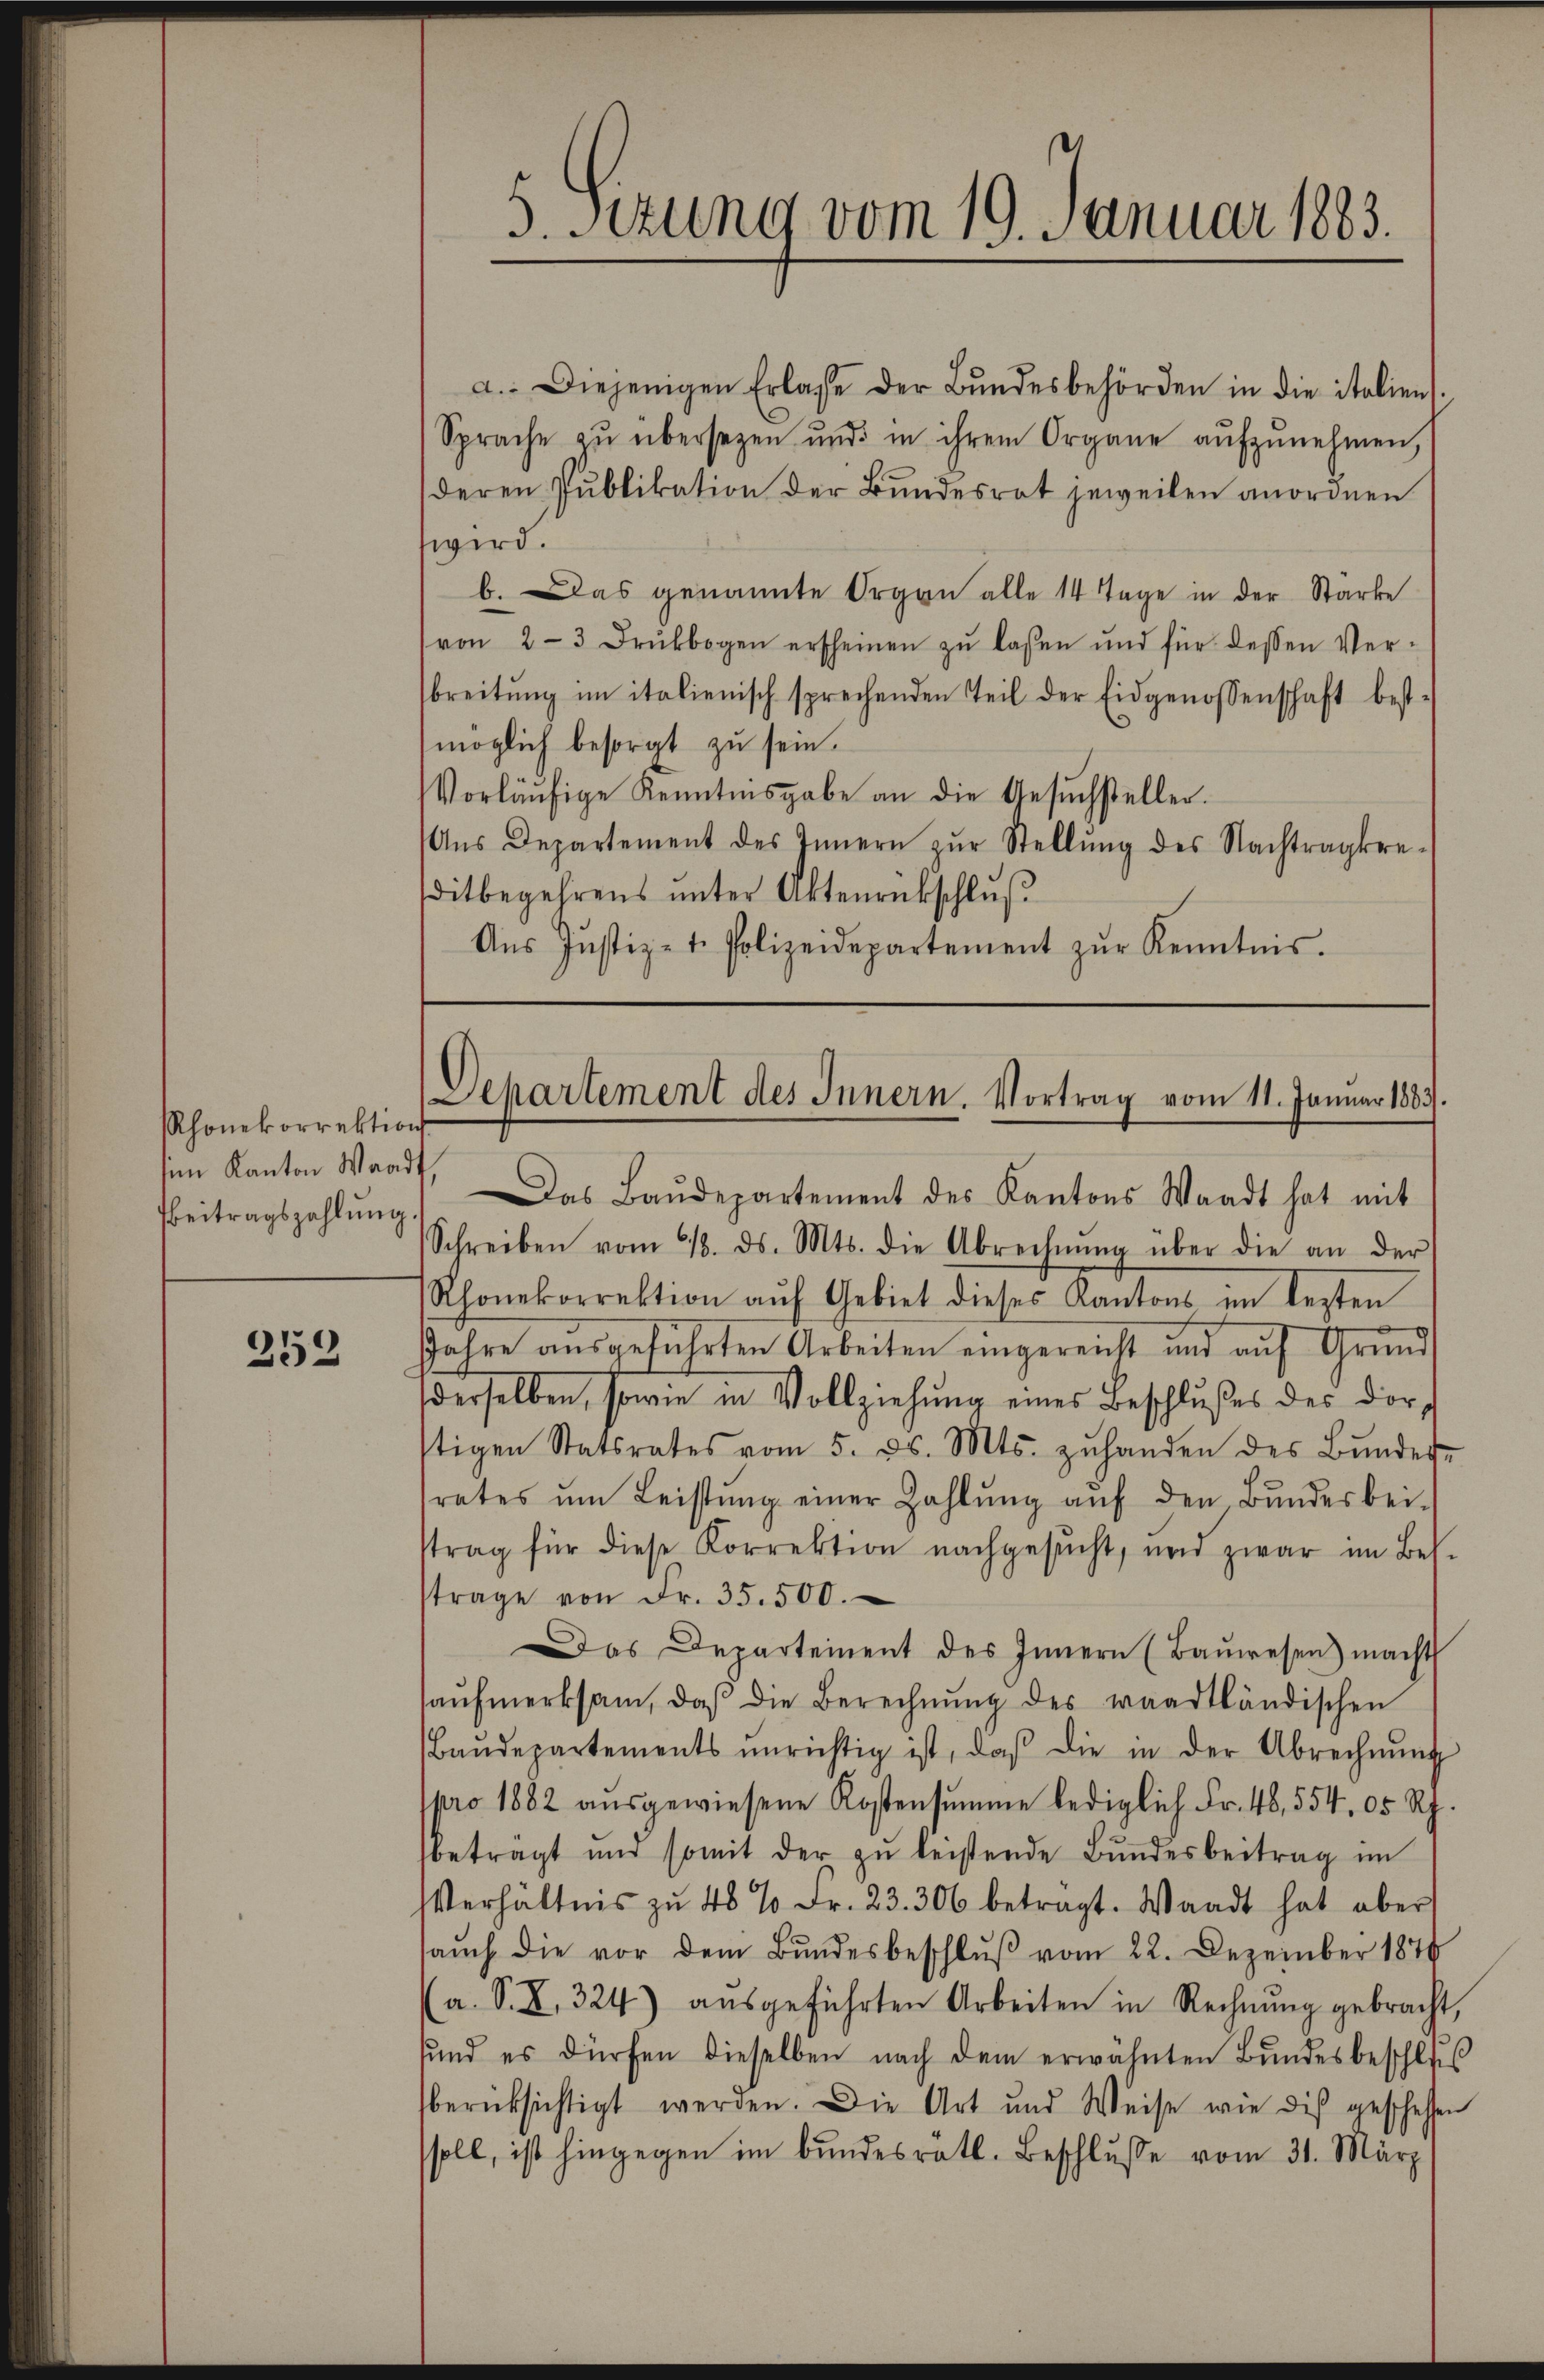
Rhonekorrektion
im Kanton Waadt,

253

a. Diejenigen Erlasse der Bŭndesbehörden in die italiens.
Sprache zŭ übersetzen und in ihrem Organe aŭfzŭnehmen,
deren Publikation der Bundesrat jeweilen anordnen
wird.
b. Das genannte Organ alle 14 Tage in der Starke
(von 2-3 Drŭkbogen erscheinen zŭ lassen und für dessen Ver-
breitŭng im italienisch sprechenden Teil der Eidgenossenschaft best-
möglich besorgt zu sein.
Vorläŭfige Kenntnisgabe an die Gesŭchsteller.
Aŭs Departement des Innern zŭr Stellŭng des Nachtragkre-
ditbegehrens ŭnter Aktenrückschlŭβ
Aŭs Justiz- t. Polizeidepartement zŭr Kenntnis.

5. Sitzung vom 19. Januar 1883.

Departement des Innern. Vortrag vom 11. Januar 1883

Beitragszahlŭng. Das Baŭdepartement des Kantons Waadt hat mit
Schreiben vom 18. ds. Mts. die Abrechnŭng über die an der
Rhonekorrektion aŭf Gebiet dieses Kantons im lezten
Jahre ausgeführten Arbeiten eingereicht und auf Grund
derselben, sowie in Vollziehŭng eines Beschlußes des dor-
stigen Statsrates vom 5. ds. Mts. zŭhanden des Bŭndes-
srates um Leistŭng einer Zahlŭng aŭf den Bŭndes bei.
ttrag für diese Korrektion nachgesŭcht, und zwar im Bet-
trage von Fr. 35. 500.
Das Departement des Innern (Baŭwesen) macht
aŭfmerksam, daβ die Berechnŭng des waadtländischen
Baŭdepartements ŭnrichtig ist, daβ die in der Abrechnŭng
pro 1882 aŭsgewiesene Kostensŭmme lediglich Fr. 48. 554. 05 Rp.
betragt und somit der zŭ leistende Bŭndesbeitrag im
Verhältnis zŭ 48 % Fr. 23. 306 betragt. Waadt hat aber
saŭch die vor dem Bŭndesbeschlŭβ vom 22. Dezember 1874
(a. S. X. 324) aŭsgeführten Arbeiten in Rechnŭng gebracht,
sund es dürfen dieselben nach dem erwähnten Bŭndesbeschlus
berücksichtigt werden. Die Art und Weise wie dis geschehen
ssoll, ist hingegen im bundesrätl. Beschlŭsse vom 31. März